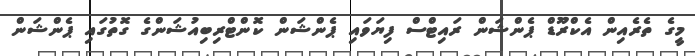
މީގެ ތެރެއިން އެކްރޫޑް ޕެންޝަން ރައިޓްސް ފިޔަވައި ޕެންޝަން ކޮންޓްރިބިއުޝަންގެ ގޮތުގައި ޕެންޝަން